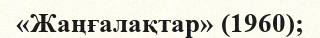
«Жаңғалақтар» (1960);